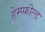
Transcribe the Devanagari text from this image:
हेम्प्फील्ड